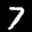
Digit: 7